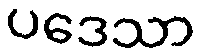
ပဒေသာ